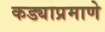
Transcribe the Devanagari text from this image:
कड्याप्रमाणे